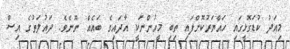
މިއަދު ކުޑަގޮޅީގައި ހައްޔަރުކޮށްފައި ތިބި މީހުންނަކީ އާދައިގެ ބައެއް ނޫނެވެ. ދައުލަތުގެ އިސް